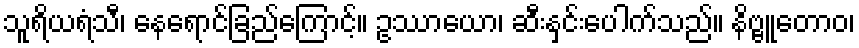
သူရိယရံသီ၊ နေရောင်ခြည်ကြောင့်။ ဥဿာယော၊ ဆီးနှင်းပေါက်သည်။ နိဗ္ဗူတောဝ၊